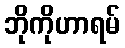
ဘိုကိုဟာရမ်